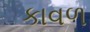
કાવળ